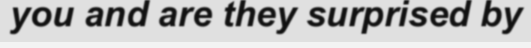
you and are they surprised by